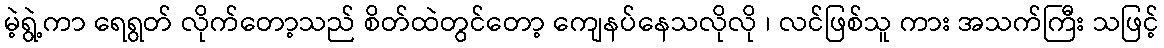
မဲ့ရွဲ့ကာ ရေရွတ် လိုက်တော့သည် စိတ်ထဲတွင်တော့ ကျေနပ်နေသလိုလို ၊ လင်ဖြစ်သူ ကား အသက်ကြီး သဖြင့်